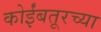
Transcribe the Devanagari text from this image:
कोईंबतूरच्या